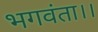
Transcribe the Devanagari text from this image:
भगवंता।।